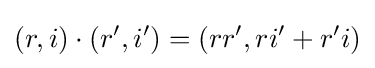
(r,i)\cdot \left(r',i'\right)=\left(rr',ri'+r'i\right)